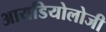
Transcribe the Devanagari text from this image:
आयडियोलोजी